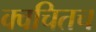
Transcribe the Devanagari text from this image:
क्‍वचितच